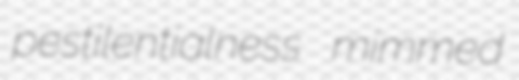
pestilentialness mimmed